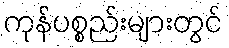
ကုန်ပစ္စည်းများတွင်